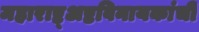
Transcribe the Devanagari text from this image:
महाराष्ट्अष्टविनायकांची